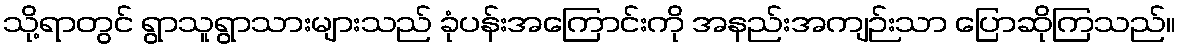
သို့ရာတွင် ရွာသူရွာသားများသည် ခုံပန်းအကြောင်းကို အနည်းအကျဉ်းသာ ပြောဆိုကြသည်။